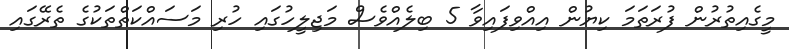
މީގެއިތުރުން ފުރަތަމަ ކިޔުން އިއްވިފައިވާ 5 ބިލެއްވެސް މަޖިލީހުގައި ހުރި މަސައްކަތްތަކުގެ ތެރޭގައި